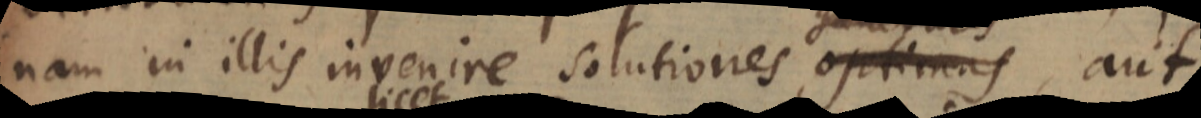
nam in illis invenire solutiones optimas aut